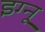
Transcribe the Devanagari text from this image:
इग्‍नू